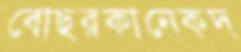
বোছরকানেকদ